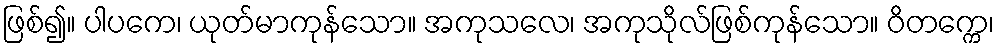
ဖြစ်၍။ ပါပကေ၊ ယုတ်မာကုန်သော။ အကုသလေ၊ အကုသိုလ်ဖြစ်ကုန်သော။ ဝိတက္ကေ၊